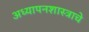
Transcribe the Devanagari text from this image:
अध्यापनशास्त्राचे